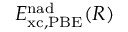
E _ { \mathrm { x c , P B E } } ^ { \mathrm { n a d } } ( R )